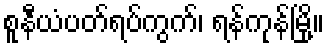
စူနီယံပတ်ရပ်ကွက်၊ ရန်ကုန်မြို့။